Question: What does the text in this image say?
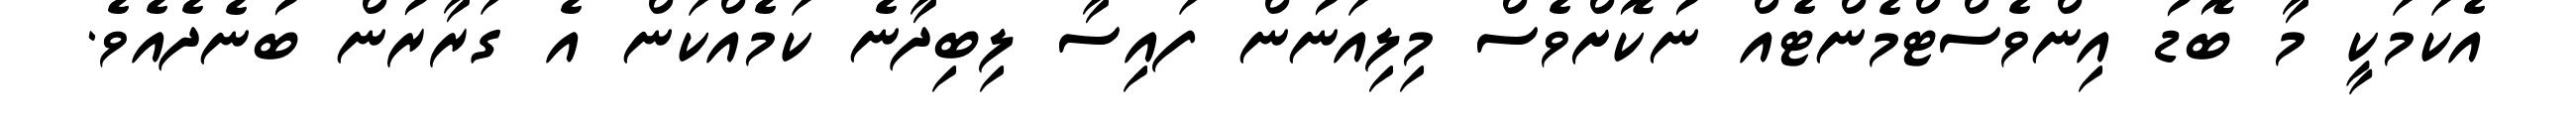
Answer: އެކަމަކީ މާ ބޮޑު އިންވެސްޓްމެންޓެއް ނުކޮށްވެސް މިލިއަނުން ފައިސާ ލިބިދާނެ ކަމެއްކަން އެ ގަރާރުން ބުނެދެއެވެ.